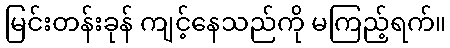
မြင်းတန်းခုန် ကျင့်နေသည်ကို မကြည့်ရက်။